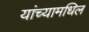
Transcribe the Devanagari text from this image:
यांच्यामधिल